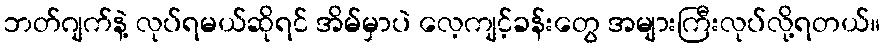
ဘတ်ဂျက်နဲ့ လုပ်ရမယ်ဆိုရင် အိမ်မှာပဲ လေ့ကျင့်ခန်းတွေ အများကြီးလုပ်လို့ရတယ်။